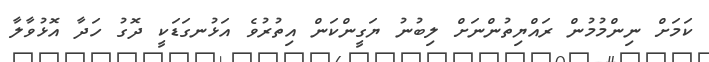
ކަމަށް ނިންމުމުން ރައްޔިތުންނަށް ލިބުނު ޔަގީންކަން އިތުރުވެ އަޅުނގަޑަކީ ދޮގު ހަދާ އޮޅުވާލާ